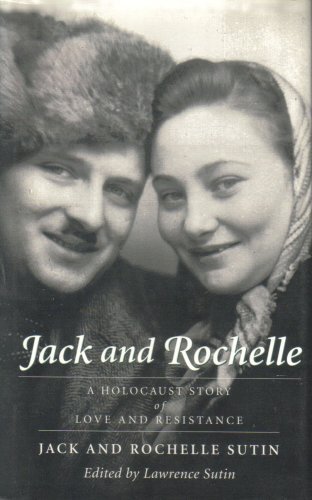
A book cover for Jack and Rochelle: A Holocaust Story of Love and Resistance; Jack Sutin; Biographies & Memoirs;